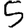
Digit: 5